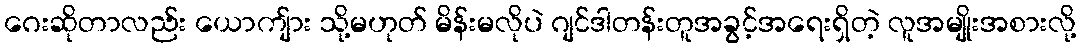
ဂေးဆိုတာလည်း ယောကျ်ား သို့မဟုတ် မိန်းမလိုပဲ ဂျင်ဒါတန်းတူအခွင့်အရေးရှိတဲ့ လူအမျိုးအစားလို့